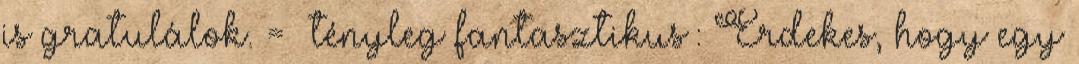
is gratulálok. = tényleg fantasztikus : Érdekes, hogy egy